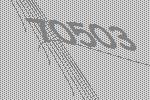
70503